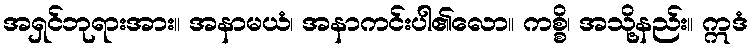
အရှင်ဘုရားအား။ အနာမယံ၊ အနာကင်းပါ၏လော။ ကစ္စိ၊ အသို့နည်း။ ဣဒံ